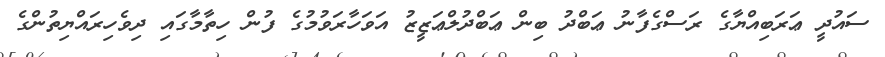
ސައުދީ ޢަރަބިއްޔާގެ ރަސްގެފާނު ޢަބްދު ބިން ޢަބްދުލްޢަޒީޒު އަވަހާރަވުމުގެ ފުން ހިތާމާގައި ދިވެހިރައްޔިތުންގެ